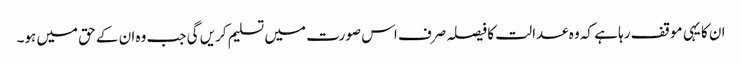
ان کا یہی موقف رہا ہے کہ وہ عدالت کا فیصلہ صرف اس صورت میں تسلیم کریں گی جب وہ ان کے حق میں ہو۔